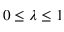
0 \le \lambda \le 1